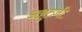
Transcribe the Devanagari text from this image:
अब्रुत्ज़ी